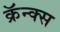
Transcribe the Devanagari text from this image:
क्रॅन्क्स